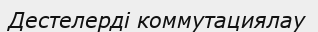
Дестелерді коммутациялау